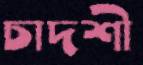
চাদশী